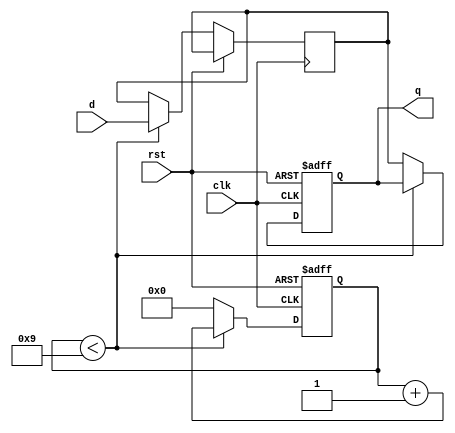
module dff_delay (
    input wire clk,
    input wire rst,
    input wire d,
    output reg q
);

parameter DELAY = 10; // Specify delay value in clock cycles

reg [DELAY-1:0] delay_counter;
reg d_delayed;

always @ (posedge clk or posedge rst) begin
    if (rst) begin
        q <= 1'b0;
        delay_counter <= 0;
    end else begin
        if (delay_counter < DELAY-1) begin
            delay_counter <= delay_counter + 1;
            d_delayed <= d;
        end else begin
            q <= d_delayed;
            delay_counter <= 0;
        end
    end
end

endmodule